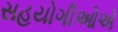
સહયોગીઓએ